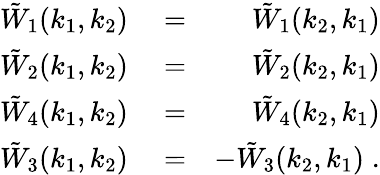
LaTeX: \begin{array}{rlr}{\tilde{W}_{1}(k_{1},k_{2})}&{{}=}&{\tilde{W}_{1}(k_{2},k_{1})}\\ {\tilde{W}_{2}(k_{1},k_{2})}&{{}=}&{\tilde{W}_{2}(k_{2},k_{1})}\\ {\tilde{W}_{4}(k_{1},k_{2})}&{{}=}&{\tilde{W}_{4}(k_{2},k_{1})}\\ {\tilde{W}_{3}(k_{1},k_{2})}&{{}=}&{-\tilde{W}_{3}(k_{2},k_{1})\; .}\end{array}